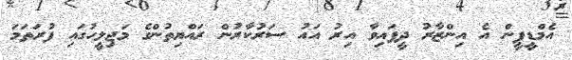
އެމްޑީޕީން އެ އިންޒާރު ދީފައިވާ އިރު އައު ސަރުކާރުން ރައްޔިތުންގެ މަޖިލީހުގައި ފުރަތަމަ